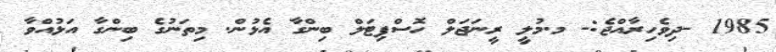
1985 -ދިވެހިރާއްޖެ:- މ.މުލީ ރީނަޖަލް ހޮސްޕިޓަލް ބިންގާ އެޅުން. މިތަނުގެ ބިންގާ އަޅުއްވާ